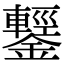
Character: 鑋